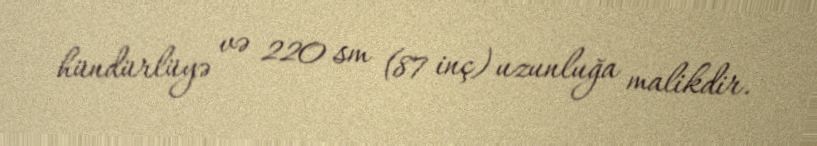
hündürlüyə və 220 sm (87 inç) uzunluğa malikdir.